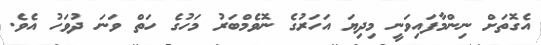
އެގޮތަށް ނިންމާފައިވަނީ މިދިޔަ އަހަރުގެ ނޮވެމްބަރު މަހުގެ ހަތް ވަނަ ދުވަހު އެވެ.